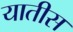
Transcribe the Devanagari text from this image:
यातीस